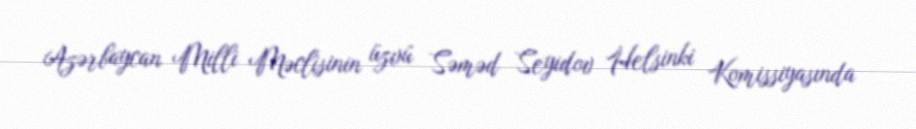
Azərbaycan Milli Məclisinin üzvü Səməd Seyidov Helsinki Komissiyasında